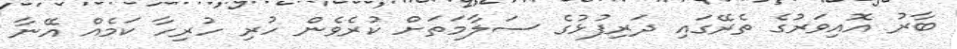
ބާރު އޮއިވަރުގެ ތެރޭގައި ދަރިފުޅުގެ ސަލާމަތަށް ކުރެވެން ހުރި ހުރިހާ ކަމެއް އޭނާ